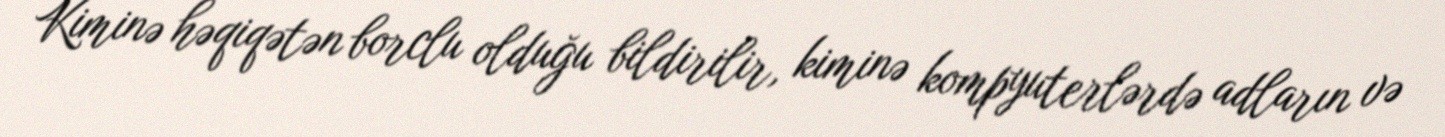
Kiminə həqiqətən borclu olduğu bildirilir, kiminə kompyuterlərdə adların və